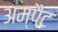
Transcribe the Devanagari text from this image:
अम्पैट